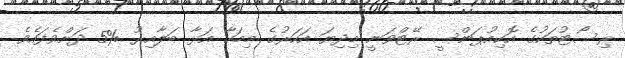
ރިސޯޓުތަކުގެ އޮކިއުޕަންސީ ރޭޓްވަނީ މިދިޔަ އަހަރުގެ މިމަހާ އަޅާ ބަލާއިރު %5 ދަށްވެފައެވެ.